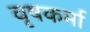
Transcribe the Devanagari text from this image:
वृषकर्मा